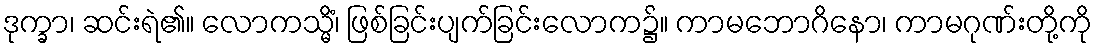
ဒုက္ခာ၊ ဆင်းရဲ၏။ လောကသ္မိံ၊ ဖြစ်ခြင်းပျက်ခြင်းလောက၌။ ကာမဘောဂိနော၊ ကာမဂုဏ်းတို့ကို